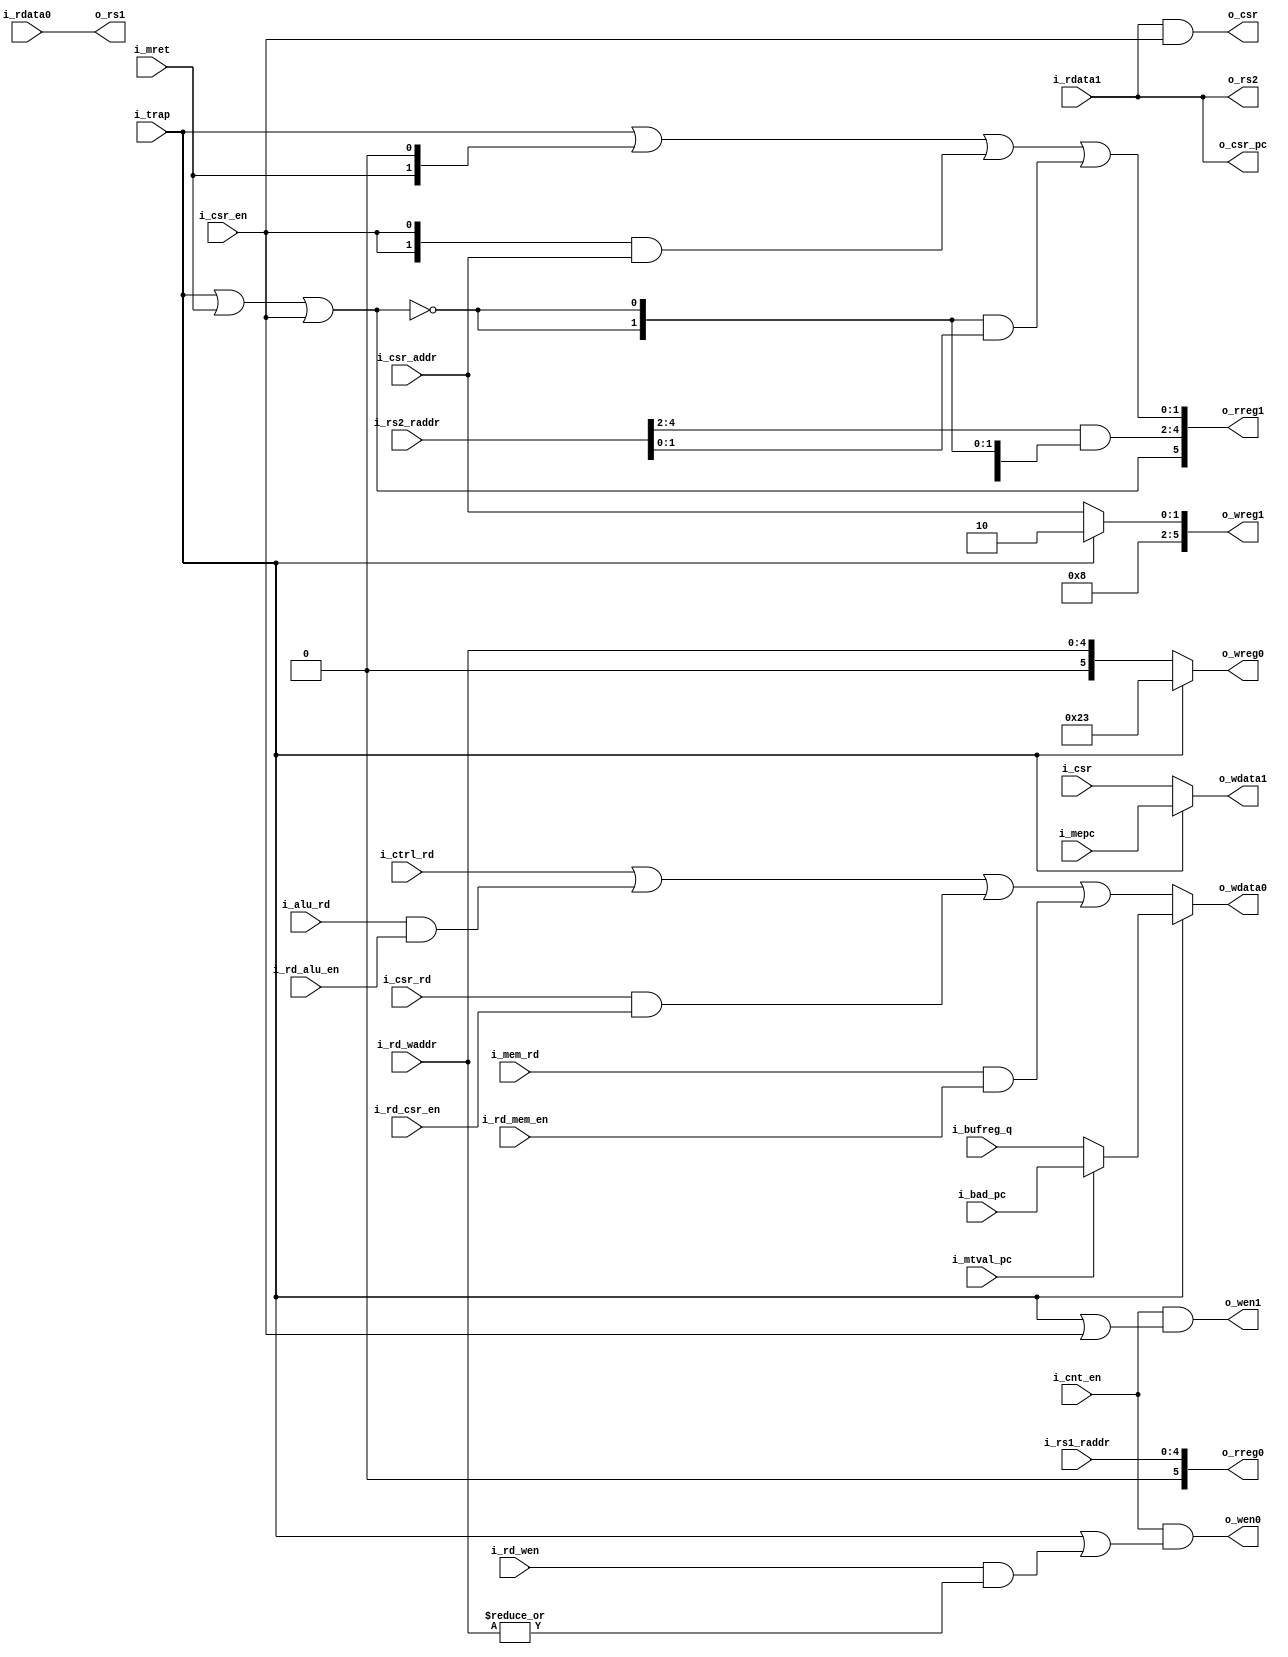
`default_nettype none
module serv_rf_if
  #(parameter WITH_CSR = 1)
  (//RF Interface
   input wire 		      i_cnt_en,
   output wire [4+WITH_CSR:0] o_wreg0,
   output wire [4+WITH_CSR:0] o_wreg1,
   output wire 		      o_wen0,
   output wire 		      o_wen1,
   output wire 		      o_wdata0,
   output wire 		      o_wdata1,
   output wire [4+WITH_CSR:0] o_rreg0,
   output wire [4+WITH_CSR:0] o_rreg1,
   input wire 		      i_rdata0,
   input wire 		      i_rdata1,

   //Trap interface
   input wire 		      i_trap,
   input wire 		      i_mret,
   input wire 		      i_mepc,
   input wire 		      i_mtval_pc,
   input wire 		      i_bufreg_q,
   input wire 		      i_bad_pc,
   output wire 		      o_csr_pc,
   //CSR interface
   input wire 		      i_csr_en,
   input wire [1:0] 	      i_csr_addr,
   input wire 		      i_csr,
   output wire 		      o_csr,
   //RD write port
   input wire 		      i_rd_wen,
   input wire [4:0] 	      i_rd_waddr,
   input wire 		      i_ctrl_rd,
   input wire 		      i_alu_rd,
   input wire 		      i_rd_alu_en,
   input wire 		      i_csr_rd,
   input wire 		      i_rd_csr_en,
   input wire 		      i_mem_rd,
   input wire 		      i_rd_mem_en,

   //RS1 read port
   input wire [4:0] 	      i_rs1_raddr,
   output wire 		      o_rs1,
   //RS2 read port
   input wire [4:0] 	      i_rs2_raddr,
   output wire 		      o_rs2);


   /*
    ********** Write side ***********
    */

   wire 	     rd_wen = i_rd_wen & (|i_rd_waddr);

   generate
   if (|WITH_CSR) begin : gen_csr
   wire 	     rd = (i_ctrl_rd ) |
			  (i_alu_rd & i_rd_alu_en) |
			  (i_csr_rd & i_rd_csr_en) |
			  (i_mem_rd & i_rd_mem_en);

   wire 	     mtval = i_mtval_pc ? i_bad_pc : i_bufreg_q;

   assign 	     o_wdata0 = i_trap ? mtval  : rd;
   assign	     o_wdata1 = i_trap ? i_mepc : i_csr;

   /* Port 0 handles writes to mtval during traps and rd otherwise
    * Port 1 handles writes to mepc during traps and csr accesses otherwise
    *
    * GPR registers are mapped to address 0-31 (bits 0xxxxx).
    * Following that are four CSR registers
    * mscratch 100000
    * mtvec    100001
    * mepc     100010
    * mtval    100011
    */

   assign o_wreg0 = i_trap ? {6'b100011} : {1'b0,i_rd_waddr};
   assign o_wreg1 = i_trap ? {6'b100010} : {4'b1000,i_csr_addr};

   assign       o_wen0 = i_cnt_en & (i_trap | rd_wen);
   assign       o_wen1 = i_cnt_en & (i_trap | i_csr_en);

   /*
    ********** Read side ***********
    */

   //0 : RS1
   //1 : RS2 / CSR

   assign o_rreg0 = {1'b0, i_rs1_raddr};

   /*
    The address of the second read port (o_rreg1) can get assigned from four
    different sources

    Normal operations : i_rs2_raddr
    CSR access        : i_csr_addr
    trap              : MTVEC
    mret              : MEPC

    Address 0-31 in the RF are assigned to the GPRs. After that follows the four
    CSRs on addresses 32-35

    32 MSCRATCH
    33 MTVEC
    34 MEPC
    35 MTVAL

    The expression below is an optimized version of this logic
    */
   wire sel_rs2 = !(i_trap | i_mret | i_csr_en);
   assign o_rreg1 = {~sel_rs2,
		     i_rs2_raddr[4:2] & {3{sel_rs2}},
		     {1'b0,i_trap} | {i_mret,1'b0} | ({2{i_csr_en}} & i_csr_addr) | ({2{sel_rs2}} & i_rs2_raddr[1:0])};

   assign o_rs1 = i_rdata0;
   assign o_rs2 = i_rdata1;
   assign o_csr = i_rdata1 & i_csr_en;
   assign o_csr_pc = i_rdata1;

   end else begin : gen_no_csr
      wire 	     rd = (i_ctrl_rd ) |
			  (i_alu_rd & i_rd_alu_en) |
			  (i_mem_rd & i_rd_mem_en);

      assign 	     o_wdata0 = rd;
      assign	     o_wdata1 = 1'b0;

      assign o_wreg0 = i_rd_waddr;
      assign o_wreg1 = 5'd0;

      assign       o_wen0 = i_cnt_en & rd_wen;
      assign       o_wen1 = 1'b0;

   /*
    ********** Read side ***********
    */

      assign o_rreg0 = i_rs1_raddr;
      assign o_rreg1 = i_rs2_raddr;

      assign o_rs1 = i_rdata0;
      assign o_rs2 = i_rdata1;
      assign o_csr = 1'b0;
      assign o_csr_pc = 1'b0;
   end // else: !if(WITH_CSR)
   endgenerate
endmodule